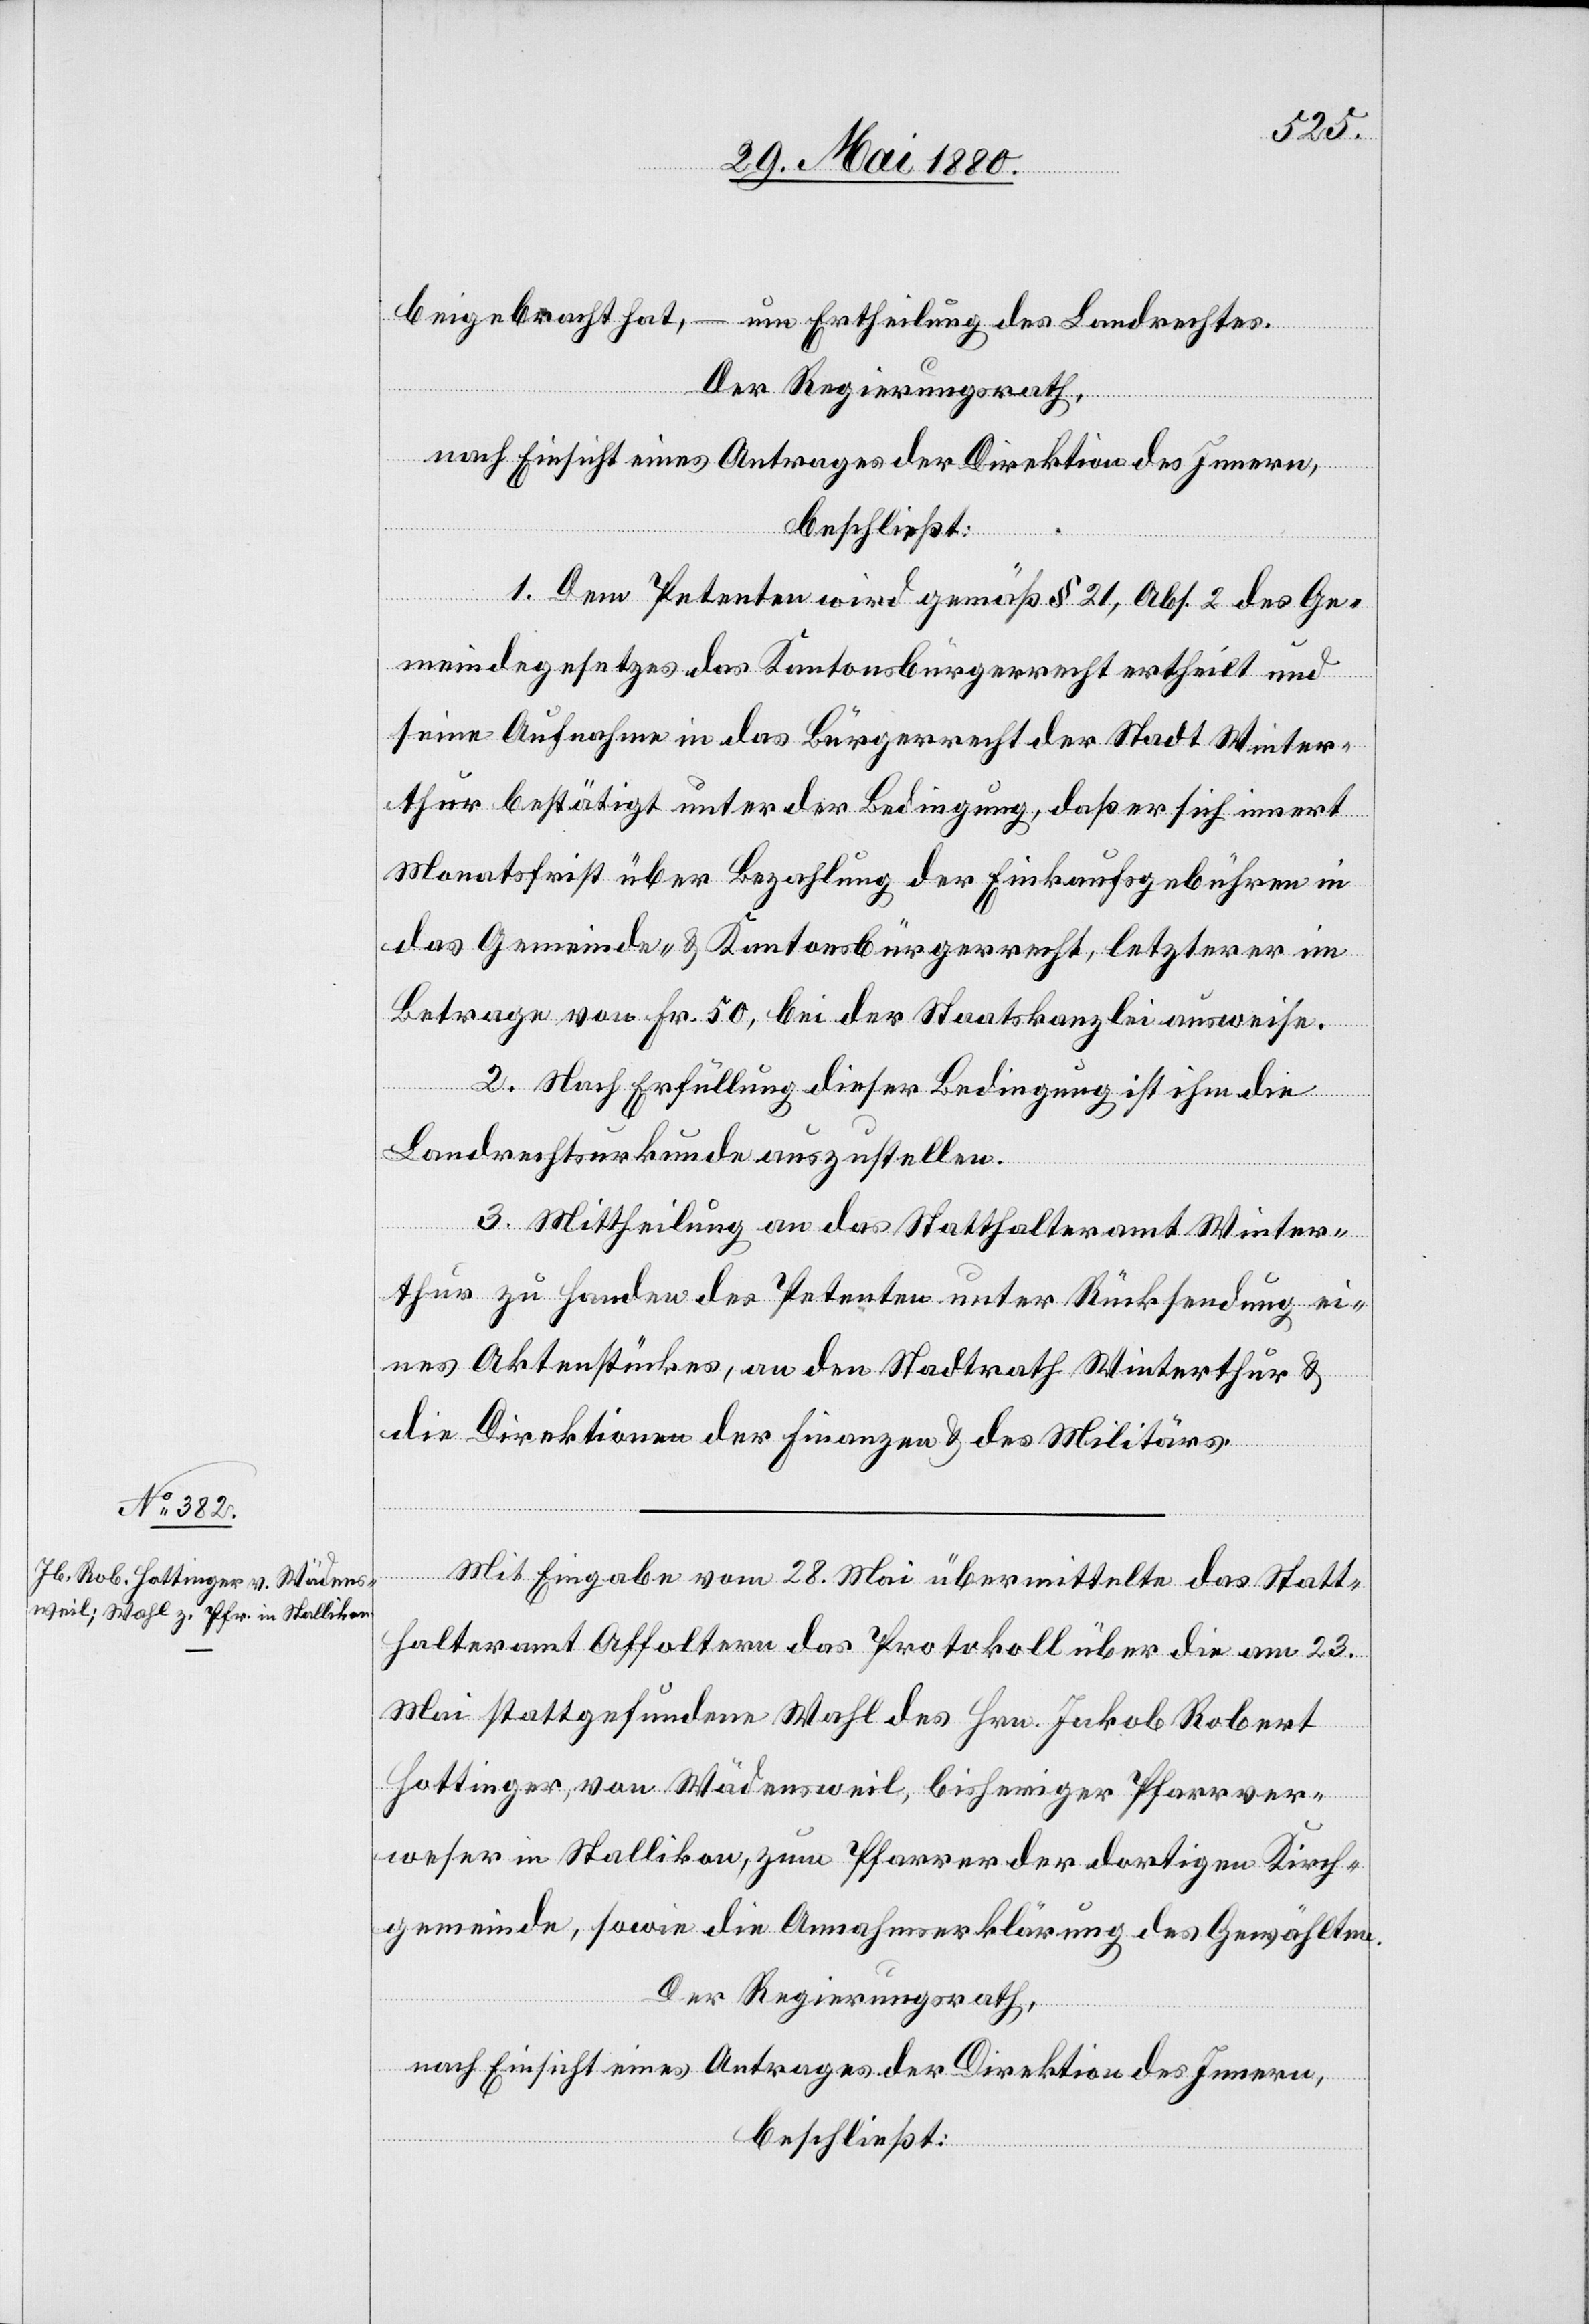
beigebracht hat, – um Ertheilung des Landrechtes.
Der Regierungsrath;
nach Einsicht eines Antrages der Direktion des Innern,
beschließt:
zum
1. Dem Petenten wird gemäß § 21, Abs. 2 des Ge¬
meindegesetzes das Kantonsbürgerrecht ertheilt und
seine Aufnahme in das Bürgerrecht der Stadt Winter¬
thur bestätigt unter der Bedingung, daß er sich innert
Monatsfrist über Bezahlung der Einkaufsgebühren in
das Gemeinde- & Kantonsbürgerrecht, letzterer im
Betrag von Fr. 50, bei der Staatskanzlei ausweise.
von
2. Nach Erfüllung dieser Bedingung ist ihm die
Landrechtsurkunde auszustellen.
3. Mittheilung an das Statthalteramt Winter¬
thur zu Handen des Petenten unter Rücksendung ei¬
nes Aktenstückes, an den Stadtrath Winterthur &
die Direktionen der Finanzen & des Militärs.
Mit Eingabe vom 28. Mai übermittelte das Statt¬
halteramt Affoltern das Protokoll über die am 23.
Mai stattgefundene Wahl des Hrn. Jakob Robert
gemeinde, sowie die Annahmserklärung des Gewählten.
Der Regierungsrath,
nach Einsicht eines Antrages der Direktion des Innern,
beschließt:
dortigen Kirch¬